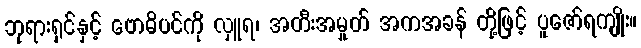
ဘုရားရှင်နှင့် ဗောဓိပင်ကို လှူရ၊ အတီးအမှုတ် အကအခန် တို့ဖြင့် ပူဇော်ရကျိုး။